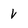
Character: V